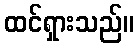
ထင်ရှားသည်။